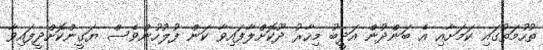
ތުހުމަތުގައި ކަމަށާއި އެ ބަންދުން އަދީބު މިހާރު ދޫކޮށްލާފައިވާ ކަން ފުލުހުންވެސް ޔަގީންކޮށްދީފައިވާ